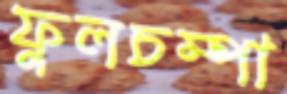
ফুলচম্পা